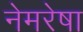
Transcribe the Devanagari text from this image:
नेमरेषा